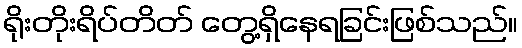
ရိုးတိုးရိပ်တိတ် တွေ့ရှိနေရခြင်းဖြစ်သည်။